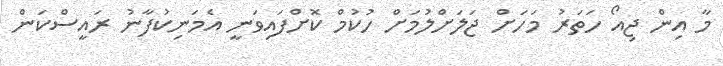
މާ އިން ޖިއޯ ހަތަރު މަހަށް ޖަލަށްލުމަށް ހުކުމް ކޮށްފައިވަނީ އެމަނިކުފާނު ރައީސްކަން